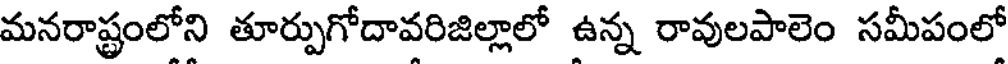
మనరాష్ట్రంలోని తూర్పుగోదావరిజిల్లాలో ఉన్న రావులపాలెం సమీపంలో